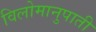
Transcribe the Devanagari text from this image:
विलोमानुपाती